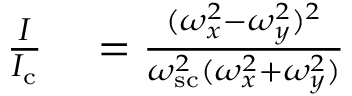
\begin{array} { r l } { \frac { I } { I _ { \mathrm { c } } } } & { { } = \frac { ( \omega _ { x } ^ { 2 } - \omega _ { y } ^ { 2 } ) ^ { 2 } } { \omega _ { \mathrm { s c } } ^ { 2 } ( \omega _ { x } ^ { 2 } + \omega _ { y } ^ { 2 } ) } } \end{array}